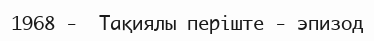
1968 -  Тақиялы періште - эпизод